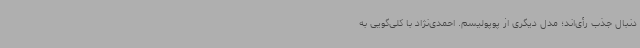
دنبال جذب رأی‌اند؛ مدل دیگری از پوپولیسم. احمدی‌نژاد با کلی‌گویی به